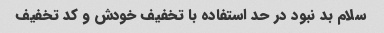
سلام بد نبود در حد استفاده با تخفیف خودش و کد تخفیف